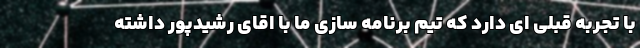
با تجربه قبلی ای دارد که تیم برنامه سازی ما با اقای رشیدپور داشته